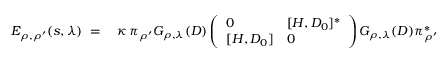
\begin{array} { r l } { E _ { \rho , \rho ^ { \prime } } ( s , \lambda ) \; = \; } & { { } \kappa \, \pi _ { \rho ^ { \prime } } G _ { \rho , \lambda } ( D ) \left( \begin{array} { l l } { 0 } & { [ H , D _ { 0 } ] ^ { * } } \\ { { } [ H , D _ { 0 } ] } & { 0 } \end{array} \right) G _ { \rho , \lambda } ( D ) \pi _ { \rho ^ { \prime } } ^ { * } } \end{array}